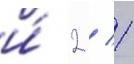
и́ 2 / 1